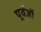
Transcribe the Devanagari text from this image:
पूर्वंजों